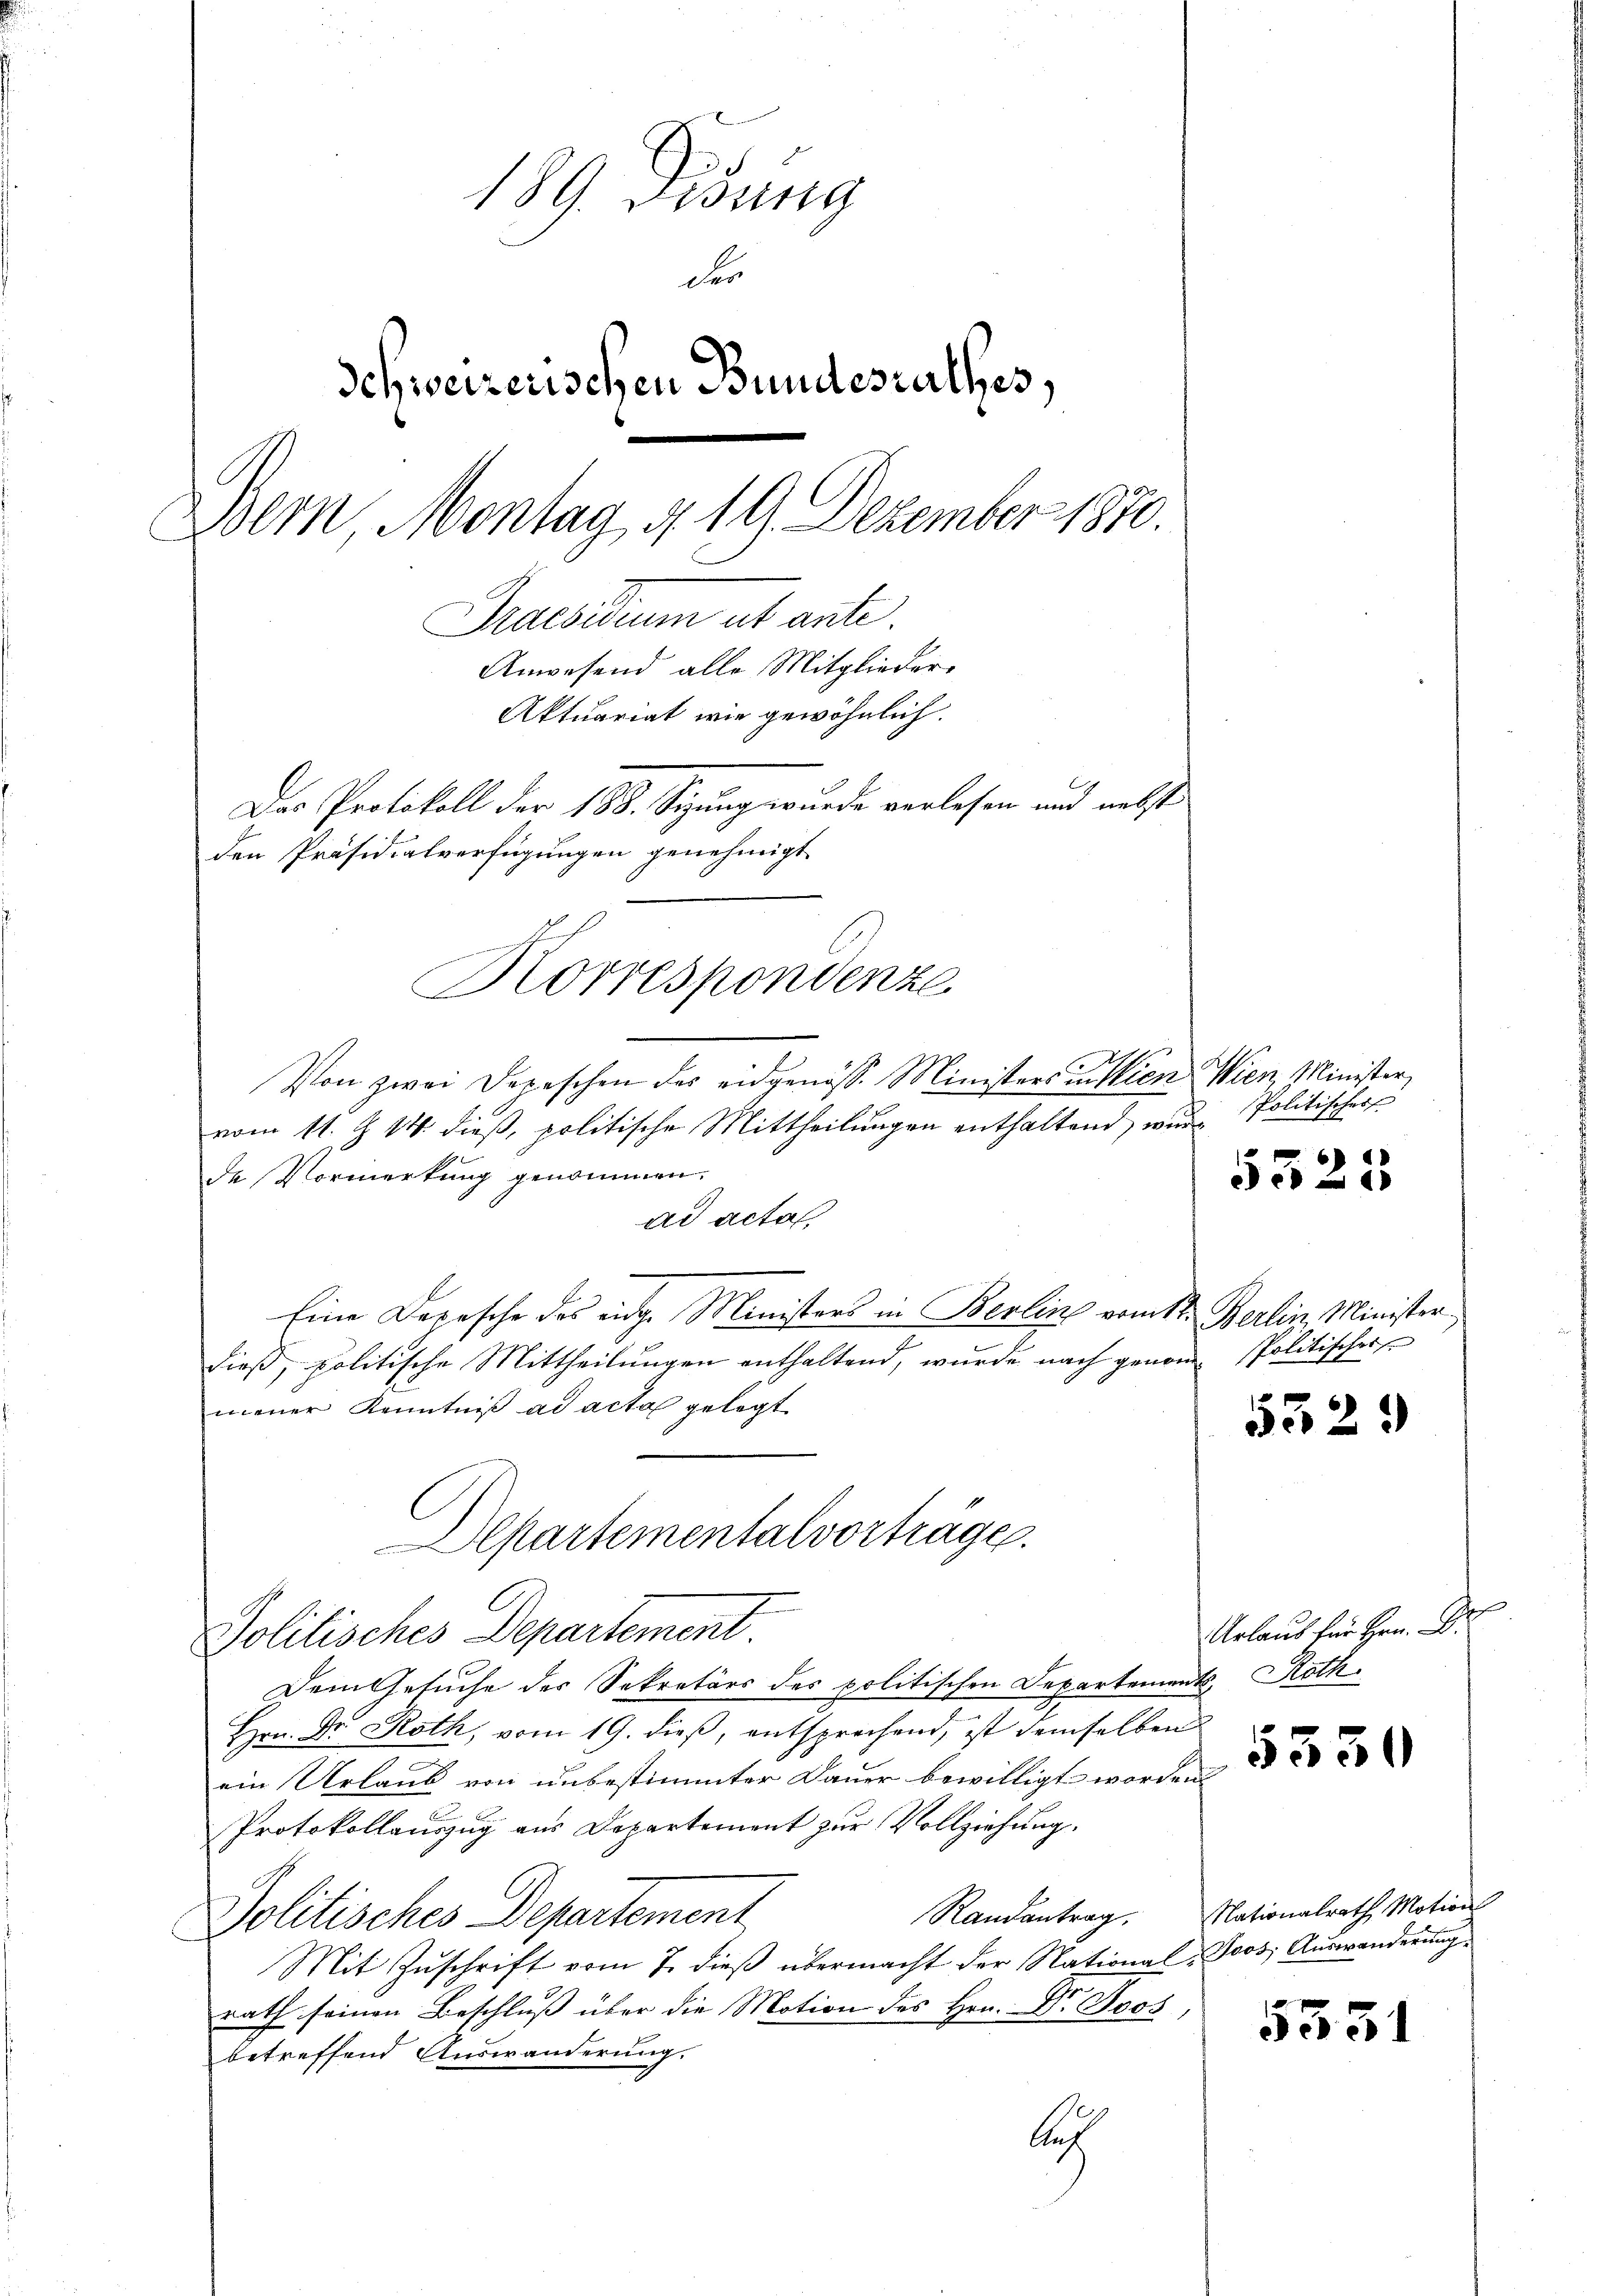
189. Fidung
dir
Schweizerischen Bundesrathes,
Dein Montag d. 19. Dezember 1870.
Praesidium ab ante
Anwesend alle Mitglieder-
Aktuariat wie gewöhnlich.
Das Protokoll der 188. Sizung wurde verlesen und nebst
den Präsidialverfügungen genehmigt.
Korrespondenze

Von zwei Depeschen der eidgenöss. Ministersunsten Wien, Minister,
vom 11. Z. 14. dieß, politische Mittheilungen enthaltend, wie Politischer
de Vormerkung genommen.
ad acta,
Eine Depesche des eidge Ministers in Berlin vom 1ten Berlin, Minister
dieß, politische Mittheilungen enthaltend, wurde nach genom Politischer
mener Kenntniß ad acta gelegt
Departementalvorträge.
C
Politisches Departement.
Dem Gesuche der Sekretärs des politischen Departements, Roth
Hrn. Dr. Roth, vom 19. dieß, entsprochend, ist demselben
ein Urlaub von unbestimmter Dauer bewilligt worden.
Protokollauszug aus Departement zur Vollziehung.
Randantrag. Nationalrath, Motion
Politisches Departement
Mit Zuschrift vom 7. dieß übermacht der National-Joos, Auswanderung
rath seinen Beschluß über die Motion des Hrn. Dr. Boos,
betreffend Auswanderung.
u

5325

5529

Urlaus für Hr. Dr

5330

5331